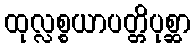
ထုလ္လစ္စယာပတ္တိပုစ္ဆာ